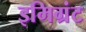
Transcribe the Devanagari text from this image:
इमिग्रंट